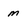
Character: m